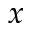
\boldsymbol { x }